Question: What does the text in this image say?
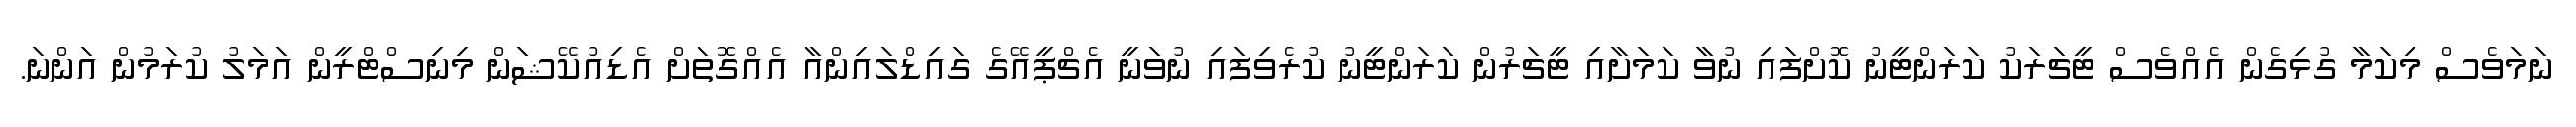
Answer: ނަމަވެސް މިކަމާ ގުޅިގެން އެއްވެސް ޓީޗަރަކު ކަރަންޓީނު ކޮށްފައި ނުވާ ކަމަށާއި ޓީޗަރުން ކަރަންޓީނު ކުރެވިފައި ނުވަނީ އެޗްޕީއޭގެ ގައިޑްލައިންއާ އެއްގޮތަށް އެޑިއުކޭޝަން މިނިސްޓްރީން އަމަލު ކުރަމުން އަންނަ.